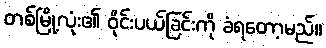
တစ်မြို့လုံး၏ ဝိုင်းပယ်ခြင်းကို ခံရတော့မည်။